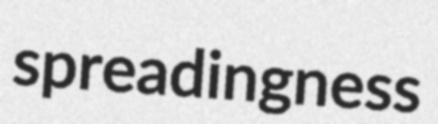
spreadingness